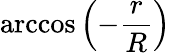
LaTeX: \operatorname{arccos}\left(-{\frac{r}{R}}\right)